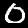
Digit: 0